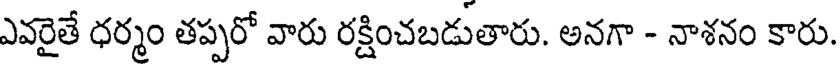
ఎవరైతే ధర్మం తప్పరో వారు రక్షించబడుతారు. అనగా - నాశనం కారు.